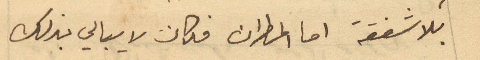
بلا شفقة اما المطران فكان لا يبالي بذلك